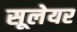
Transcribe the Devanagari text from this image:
सूलेयर